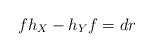
LaTeX: \begin{align*}fh_X-h_Yf=dr\end{align*}